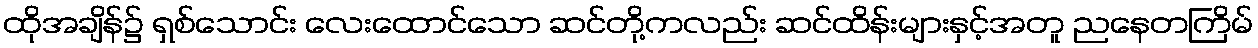
ထိုအချိန်၌ ရှစ်သောင်း လေးထောင်သော ဆင်တို့ကလည်း ဆင်ထိန်းများနှင့်အတူ ညနေတကြိမ်